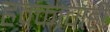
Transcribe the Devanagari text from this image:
हक्काचाही